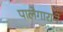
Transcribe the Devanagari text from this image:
पालेगाराने